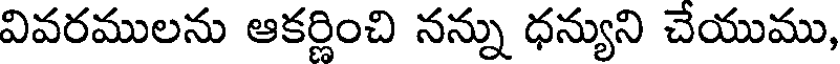
వివరములను ఆకర్ణించి నన్ను ధన్యుని చేయుము,